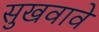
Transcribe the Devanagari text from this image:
सुखवावे